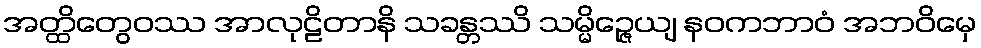
အတ္ထိတွေဝဿ အာလုဠိတာနိ သခန္တဿိ သမ္မိဉ္ဇေယျ နဝကဘာဝံ အဘဝိမှေ